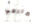
مارجي